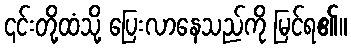
၎င်းတို့ထံသို့ ပြေးလာနေသည်ကို မြင်ရ၏။